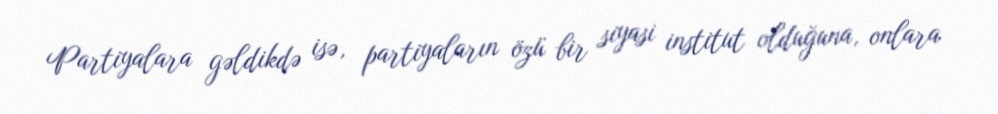
Partiyalara gəldikdə isə, partiyaların özü bir siyasi institut olduğuna, onlara